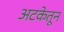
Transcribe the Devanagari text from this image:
अटकेतून